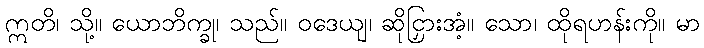
ဣတိ၊ သို့။ ယောဘိက္ခု၊ သည်။ ဝဒေယျ၊ ဆိုငြှားအံ့။ သော၊ ထိုရဟန်းကို။ မာ